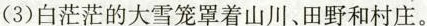
(3)白茫茫的大雪笼罩着山川、田野和村庄。